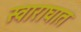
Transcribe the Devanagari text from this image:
स्वाराघात